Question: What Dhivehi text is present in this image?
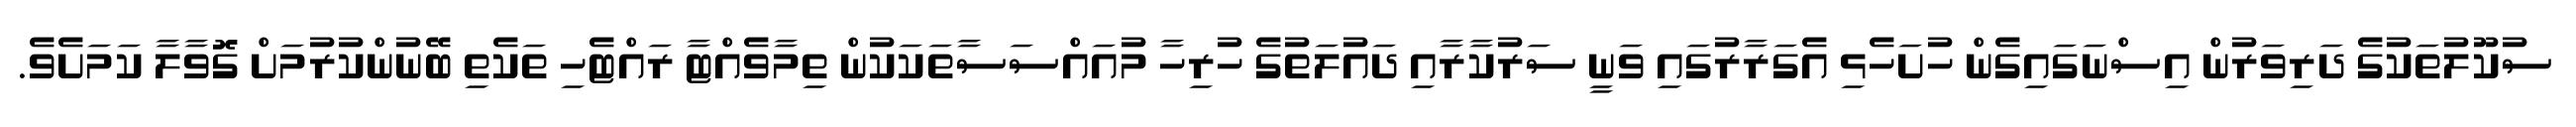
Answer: ސުކޫލުތަކުގެ ދަރިވަރުން އިސްނަގައިގެން ހުށަހެޅި އެގަރާރުގައި ވަނީ ސަރުކާރާއި ދައުލަތުގެ ހުރިހާ މުއައްސަސާތަކަކުން ތިމާވެއްޓާ ރައްޓެހި ތަކެތި ބޭނުންކުރުމަށް ގޮވާލާ ކަމަށެވެ.